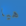
هيا